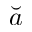
\breve { a }